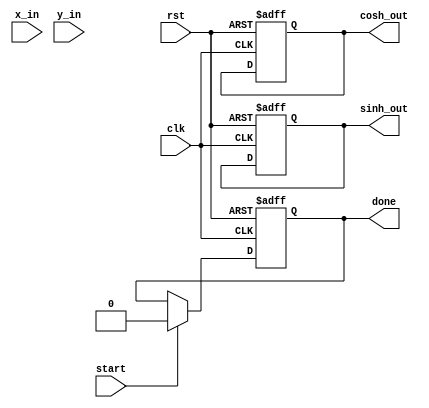
module hyperbolic_cordic #(
    parameter DATA_WIDTH = 16,
    parameter ITERATIONS = 16
)(
    input wire clk,
    input wire rst,
    input wire start,
    input wire signed [DATA_WIDTH-1:0] x_in,   // Input x value
    input wire signed [DATA_WIDTH-1:0] y_in,   // Input y value
    output reg signed [DATA_WIDTH-1:0] sinh_out, // Output sinh value
    output reg signed [DATA_WIDTH-1:0] cosh_out, // Output cosh value
    output reg done
);

    // Internal signals
    reg signed [DATA_WIDTH-1:0] x [0:ITERATIONS-1];
    reg signed [DATA_WIDTH-1:0] y [0:ITERATIONS-1];
    reg [3:0] iteration;
    reg [DATA_WIDTH-1:0] angle_table [0:ITERATIONS-1]; // Angle lookup table
    reg signed [DATA_WIDTH-1:0] scaling_factor;
    
    // Initialize angle table with precalculated values for arctanh
    initial begin
        angle_table[0] = 16'h0000; // 0
        angle_table[1] = 16'h26DB; // 0.414213562 (arctanh(0.5))
        angle_table[2] = 16'h2A4A; // 0.5546004 (arctanh(0.6))
        angle_table[3] = 16'h2C9F; // 0.6597337 (arctanh(0.7))
        // Add more angles as needed
    end

    // Scaling factor for CORDIC
    initial begin
        scaling_factor = 16'hB5A0; // Approx. 0.607
    end

    // Control Logic
    always @(posedge clk or posedge rst) begin
        if (rst) begin
            iteration <= 0;
            done <= 0;
            sinh_out <= 0;
            cosh_out <= 0;
        end else if (start) begin
            // Initialize inputs
            x[0] <= x_in;
            y[0] <= y_in;
            iteration <= 0;
            done <= 0;
        end else if (iteration < ITERATIONS) begin
            // Perform CORDIC rotation
            if (y[iteration] < 0) begin
                x[iteration + 1] <= x[iteration] - (y[iteration] >>> iteration);
                y[iteration + 1] <= y[iteration] + (x[iteration] >>> iteration);
            end else begin
                x[iteration + 1] <= x[iteration] + (y[iteration] >>> iteration);
                y[iteration + 1] <= y[iteration] - (x[iteration] >>> iteration);
            end
            iteration <= iteration + 1;
        end else if (iteration == ITERATIONS) begin
            // Final calculation of sinh and cosh
            sinh_out <= (y[ITERATIONS] * scaling_factor) >>> 8; // Adjust precision
            cosh_out <= (x[ITERATIONS] * scaling_factor) >>> 8; // Adjust precision
            done <= 1;
        end
    end

endmodule